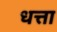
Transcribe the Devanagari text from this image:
धत्ता